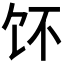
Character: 𱃳